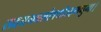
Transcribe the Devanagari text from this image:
सदयमवलोक्योऽहमधुना।